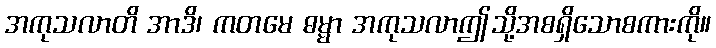
အကုသလာတိ အာဒိ၊ ကတမေ ဓမ္မာ အကုသလာဤသို့အစရှိသောစကားကို။